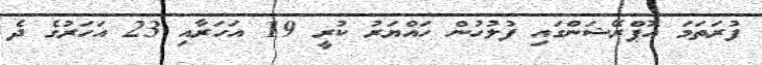
ފުރަތަމަ އޮޕްރޭޝަންގައި ފުލުހުން ހައްޔަރު ކުރީ 19 އަހަރާއި 23 އަހަރުގެ ދެ